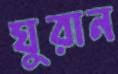
ঘুরান